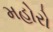
મહોરો